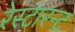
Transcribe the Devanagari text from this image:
रेस्टारन्ट